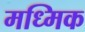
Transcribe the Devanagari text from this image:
मध्मिक